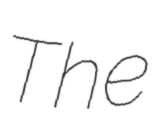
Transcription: The